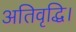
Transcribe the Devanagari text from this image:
अतिवृद्धि।